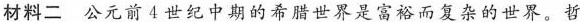
材料二公元前4世纪中期的希腊世界是富裕而复杂的世界。哲